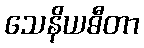
သေနိယဓီတာ